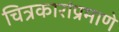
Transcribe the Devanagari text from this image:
चित्रकारांप्रमाणे